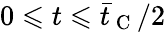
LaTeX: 0\leqslant t\leqslant\bar{t}_{\mathrm{~C~}}/2